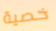
خصية